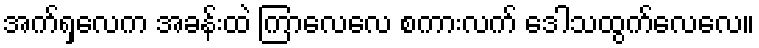
အက်ရှလေက အခန်းထဲ ကြာလေလေ စကားလက် ဒေါသထွက်လေလေ။